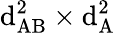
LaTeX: \mathrm{d}_{\mathrm{{AB}}}^{2}\times\mathrm{d}_{\mathrm{{A}}}^{2}